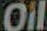
Oil